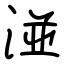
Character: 湴